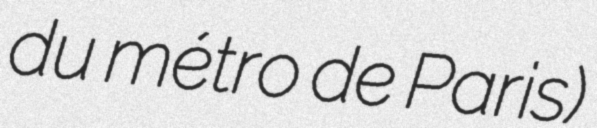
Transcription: du métro de Paris)